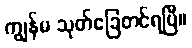
ကျွန်မ သုတ်ခြေတင်ရပြီ။